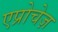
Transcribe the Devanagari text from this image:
एप्रोचेज़